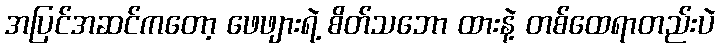
အပြင်အဆင်ကတော့ ဖေဖျားရဲ့ စိတ်သဘော ထားနဲ့ တစ်ထေရာတည်းပဲ